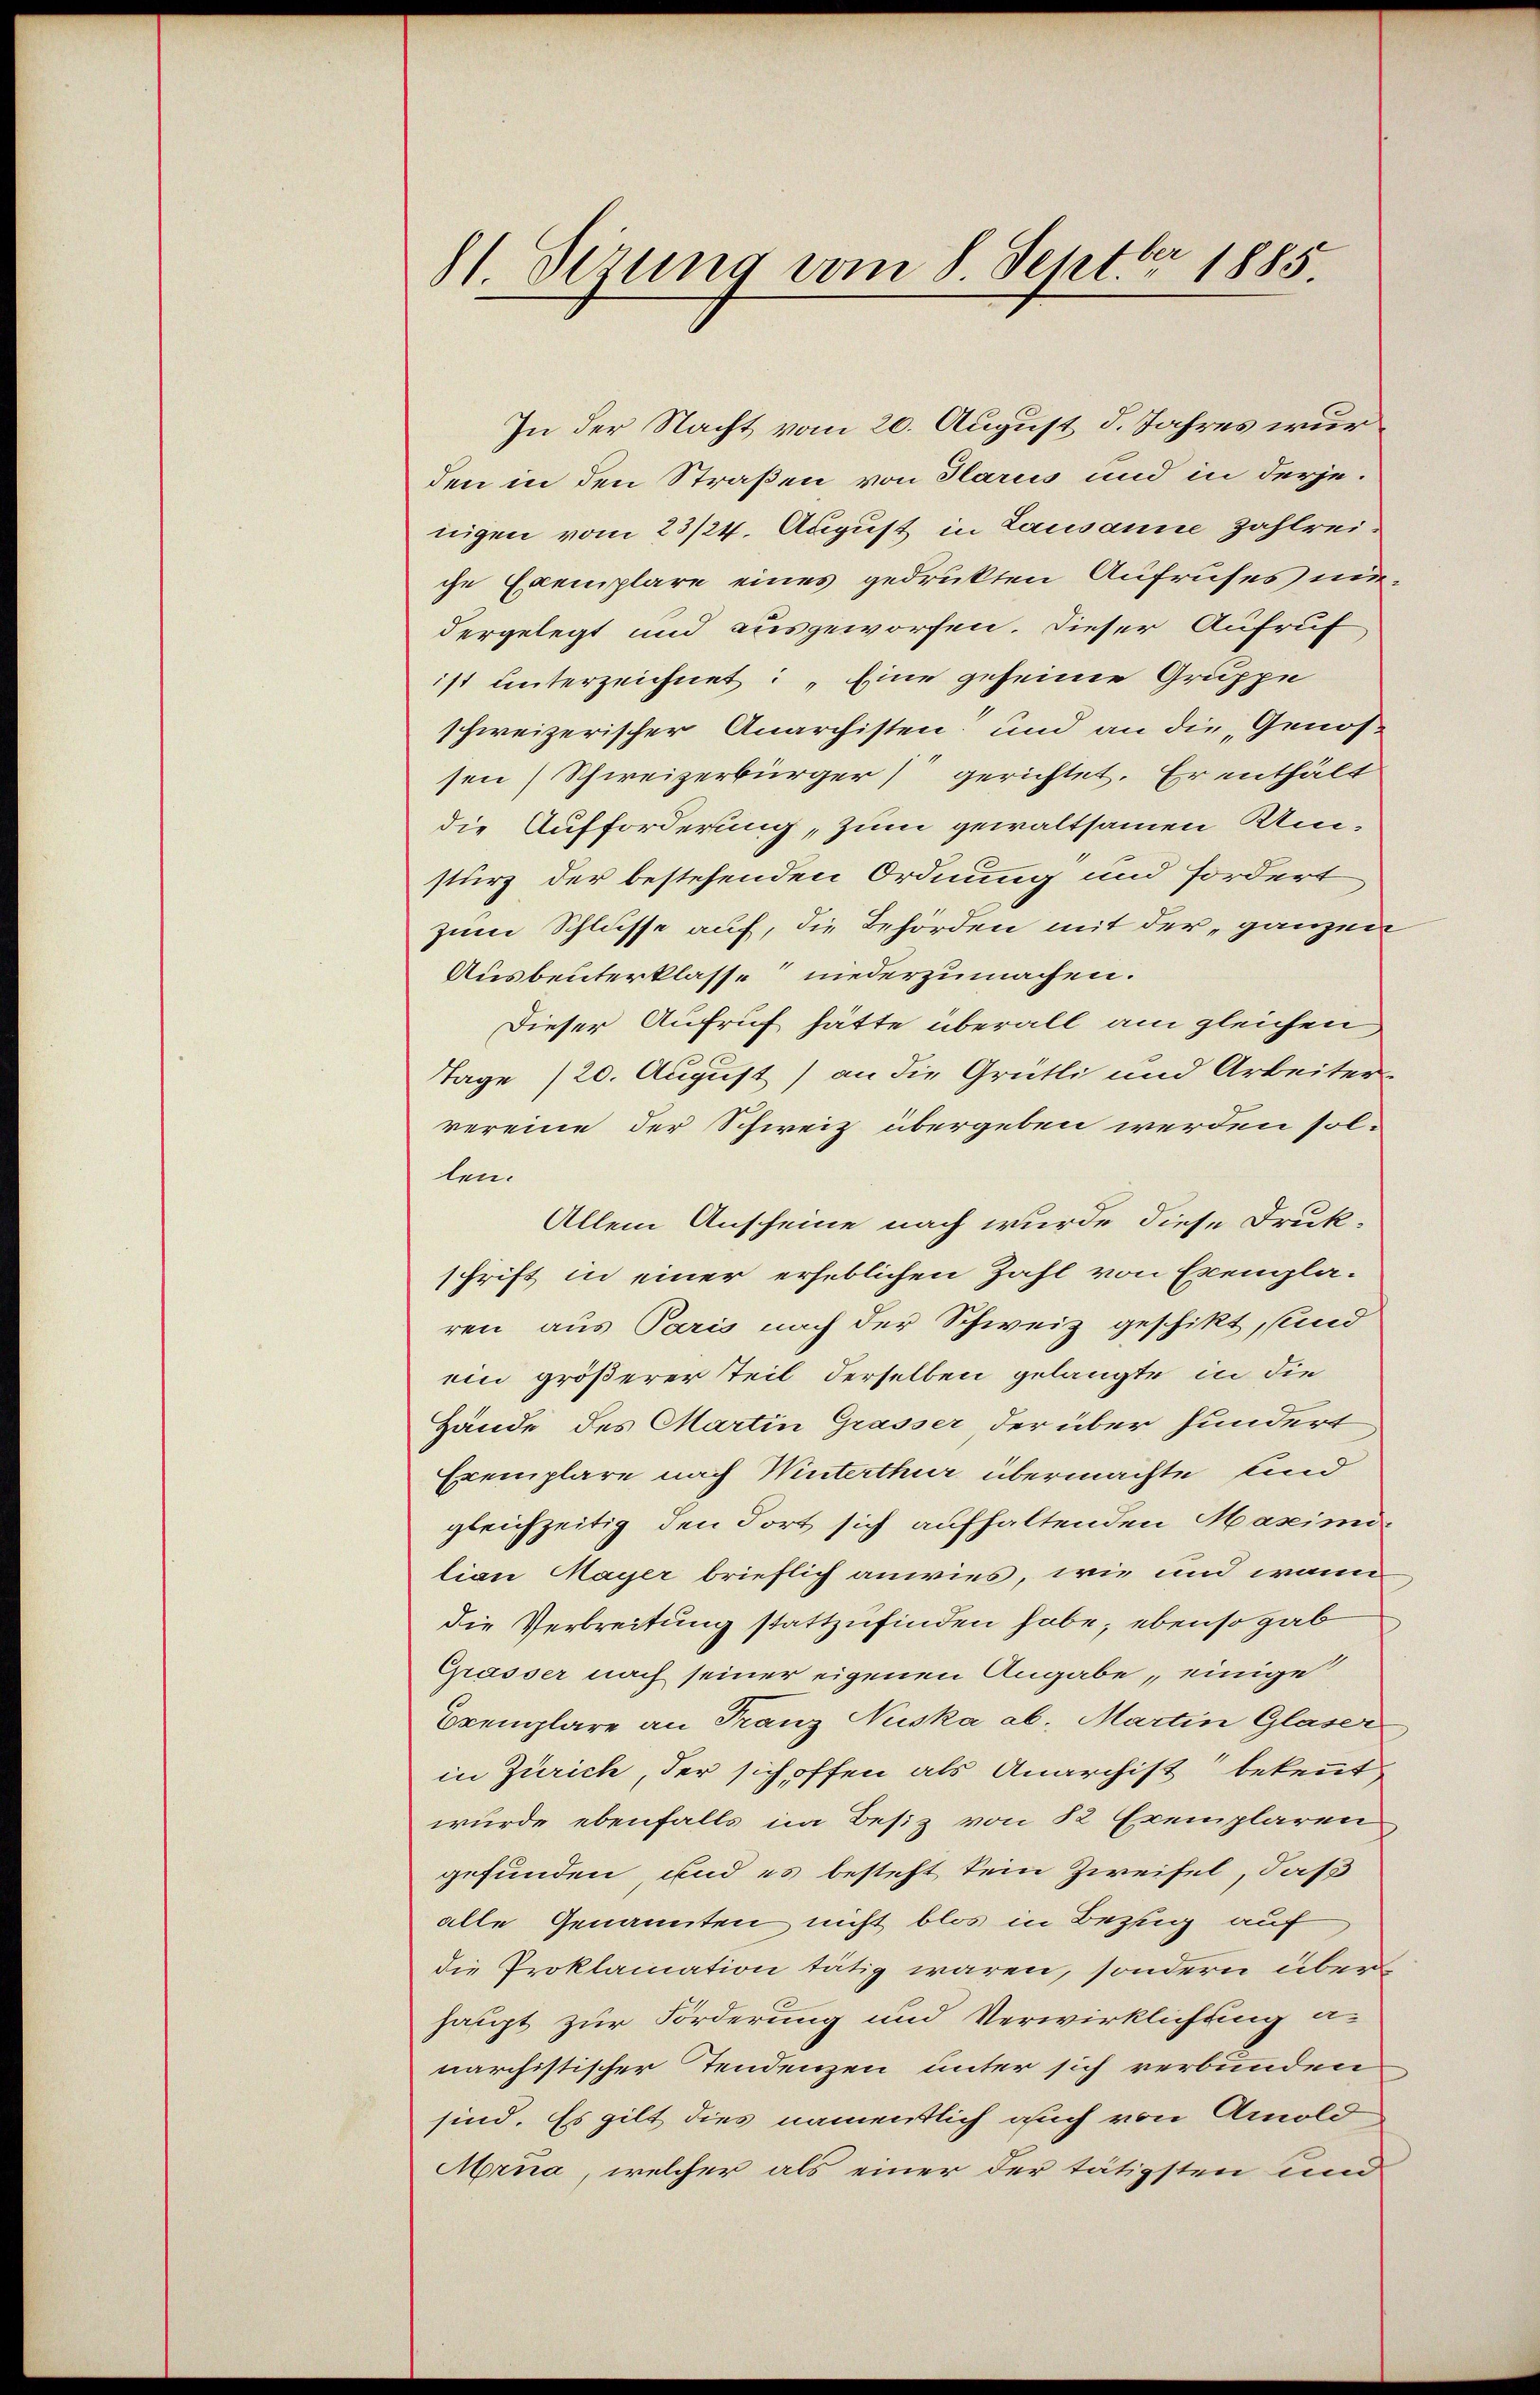
81. Dezung vom 8. Septbr 1885

In der Nacht vom 20. August d. Jahres wurden in den Straßen von Glarus und in derjenigen vom 23/24. August in Lausanne Zahlreiche Exemplare eines gedrukten Aufrufes nidergelegt und ausgeworfen. Dieser Aufruf
ist unterzeichnet: Eine geheime Gruppe
schweizerischer Anarchisten und an die Genos
sen Schweizerbürger gerichtet. Er enthält
die Aufforderung, zum gewaltsamen Um-
sturz der bestehenden Ordnung und fordert
zum Schlusse auf, die Behörden mit der „ganzen
Ausbeuterklasse niederzumachen.
Dieser Aufruf hätte überall am gleichen
Tage /20. August) an die Grütli und Arbeitervereine der Schweiz übergeben werden sollen.
Allein Anscheine nach wurde diese Drukschrift in einer erheblichen Zahl von Exempla-
ren aus Paris nach der Schweiz geschikt, sind
ein größerer Teil derselben gelangte in die
Hände des Martin Grasser, der über hundert
Exemplare nach Winterthur übermachte sind
gleichzeitig den dort sich aufhaltenden Masimi-
lian Mayer brieflich anwies, wie und wann
die Verbreitung stattzufinden habe; ebenso gab
Grasser nach seiner eigenen Angabe, einige
Exemplare an Franz Niska ab. Martin Glaser
in Zürich, der sich offen als Anarchist bekennt
wurde ebenfalls im Besiz von 82 Exemplaren
gefunden und es besteht sein Zweifel, daß
alle Genannten nicht blos in Bezug auf
die Proklamation tätig waren, sondern über
haupt zur Förderung und Verwirklichung a-
närchistischer Tendenzen unter sich verbunden
sind. Es gilt dies namentlich auch von Arnold
Mrua, welcher als einer der tätigsten und